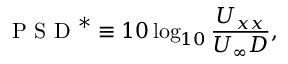
\mathrm { ~ P ~ S ~ D ~ } ^ { * } \equiv 1 0 \log _ { 1 0 } \frac { U _ { x x } } { U _ { \infty } D } ,